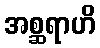
အစ္ဆရာဟိ